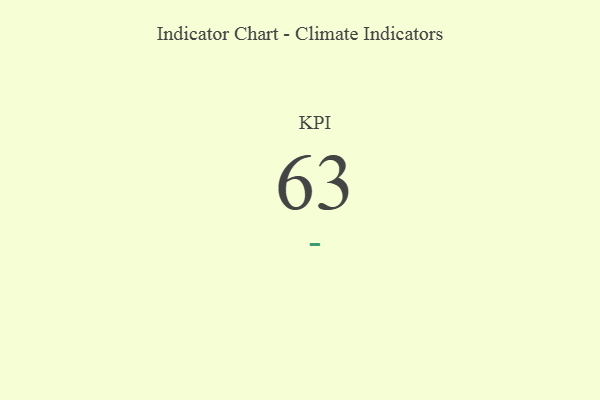
{"axis": {"x": "KPI", "y": "Value"}, "legend": [""], "data": [{"x": "KPI", "y": 63, "type": ""}]}